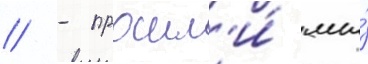
/ - прошл'и́ мы́